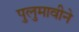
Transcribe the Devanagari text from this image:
पुलुमावीने